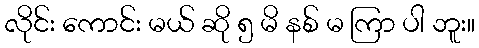
လိုင်း ကောင်း မယ် ဆို ၅ မိ နစ် မ ကြာ ပါ ဘူး။